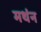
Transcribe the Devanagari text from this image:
मथंन